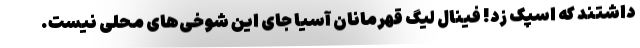
داشتند که اسپک زد! فینال لیگ قهرمانان آسیا جای این شوخی‌های محلی نیست.